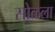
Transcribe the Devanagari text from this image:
सोळला